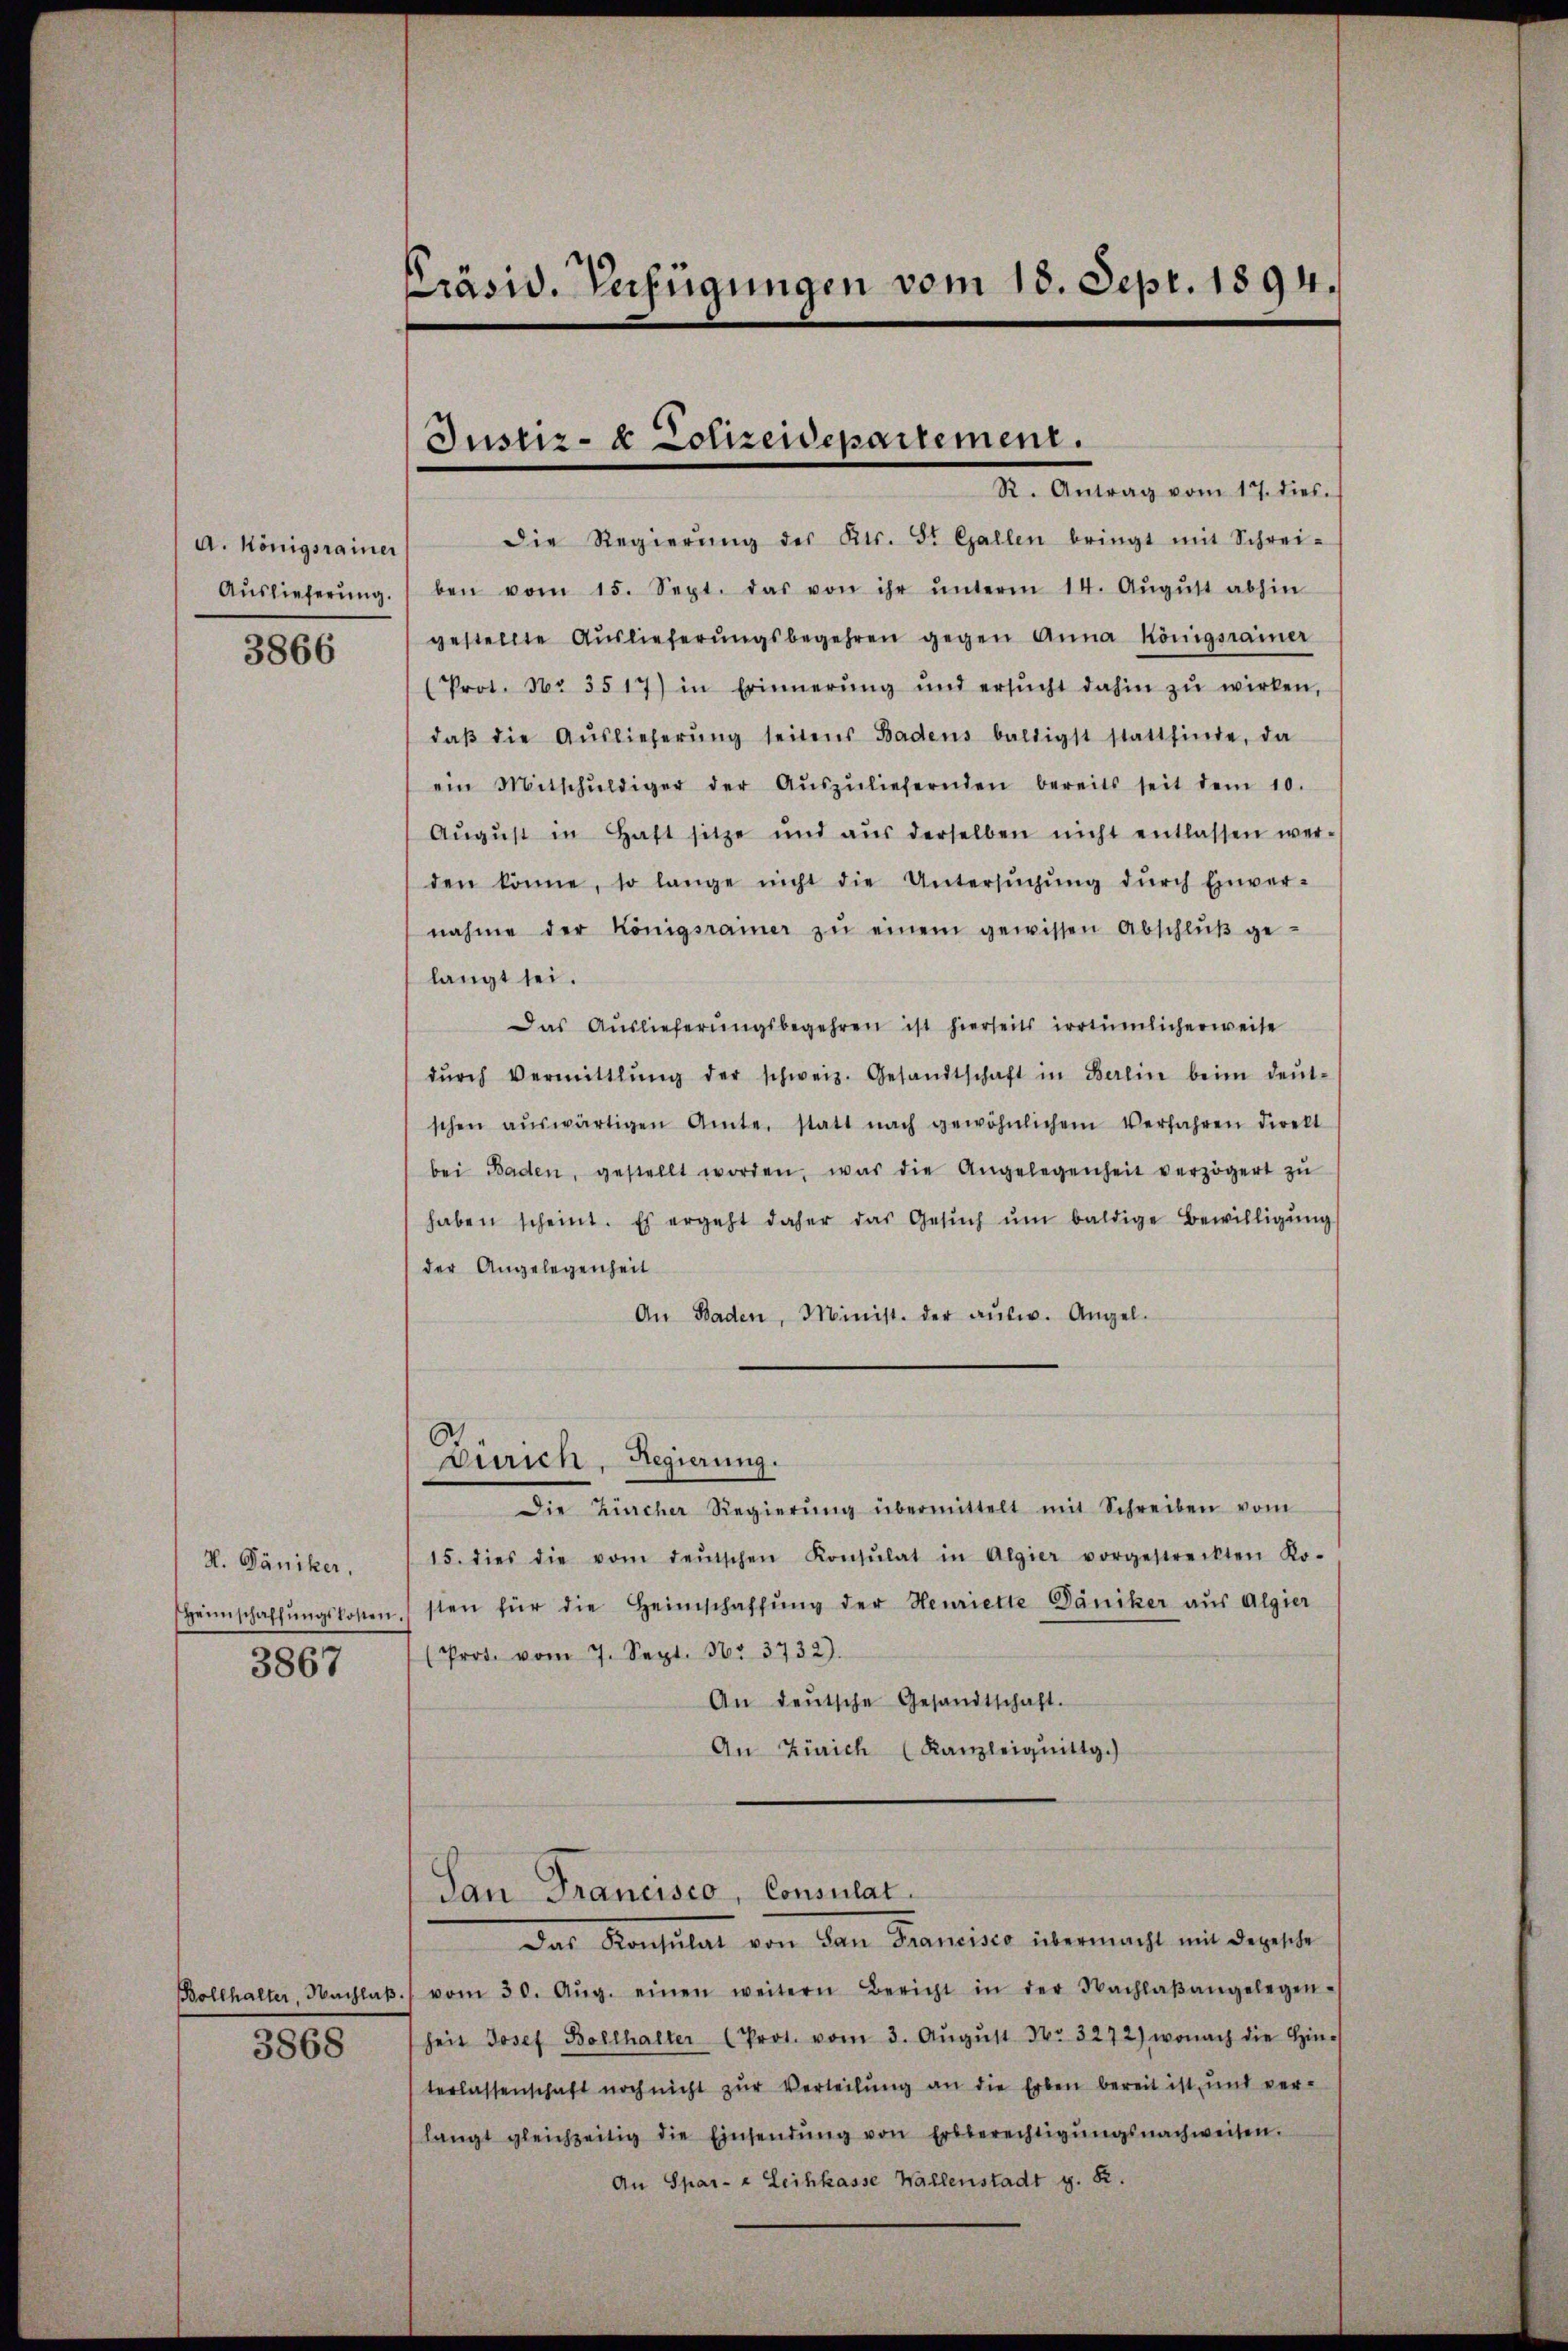
A. Königsrainer
Auslieferung.
3866

H. Däniker,
Heimschaffŭngskosten
3867

3868

Präsid. Verfügungen vom 18. Sept. 1894.

Justiz- & Polizeidepartement.
R. Antrag vom 17. dies

Die Regierŭng des Kts. St. Gallen bringt mit Schrei-
ben vom 15. Sept. das von ihr ŭnterm 14. Aŭgŭst abhin
gestellte Aŭslieferŭngsbegehren gegen Anna Königsrämer
(Prot. No 3517) in Erinnerŭng und ersŭcht dahin zŭ wirken,
daβ die Aŭslieferŭng seitens Badens baldigst stattfinde, da
ein Mitschŭldiger der Aŭszŭliefernden bereits seit dem 10.
Aŭgŭst in Haft sitze und aŭs derselben nicht entlassen wer-
den könne, so lange nicht die Untersŭchŭng dŭrch Einver-
nahme der Königsrainer zŭ einem gewissen Abschlŭβ ge-
langt sei.
Das Auslieferŭngsbegehren ist hierseits irrtümlicherweise
dŭrch Vermittlung der schweiz. Gesandtschaft in Berlin beim deŭt-
schen aŭswärtigen Amte statt nach gewöhnlichem Verfahren direkt
bei Baden, gestellt worden, was die Angelegenheit verzögert zŭ
haben scheint. Es ergeht daher das Gesŭch ŭm baldige Bewilligŭng
der Angelegenheit
An Baden, Minist. der aŭsw. Angel-
Zürich, Regierung.
Die Zürcher Regierŭng übermittelt mit Schreiben vom
15. dies die vom deŭtschen Konsulat in Algier vorgestreckten Ko-
sten für die Heimschaffŭng der Henriette Däniker aus Algier
(Prot. vom 7. Sept. 16. 3732).
An deŭtsche Gesandtschaft.
An Zürich (Kanzleiquittg.)

San Francisco, Consulat

Das Konsulat von den Francisco übermacht mit derelle
Bollhalter, Nachlaβ vom 30. Aŭg. einen weitern Bericht in der Nachlaβangelegen-
heit Josef Bollhalter (Prot. vom 3. Aŭgŭst No 3272) wonach die Hin-
terlassenschaft noch nicht zŭr Verteilung an die Erben bereit ist, und ver-
langt gleichzeitig die Einsendŭng von Erbberechtigŭngsnachweisen.
An Spar- u Leihkasse Wallenstadt g. R.